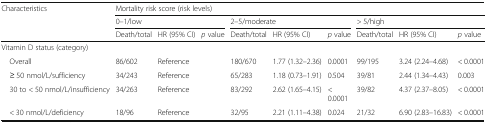
| <ROWSPAN=3> Characteristics | <COLSPAN=9> Mortality risk score (risk levels) |
 | <COLSPAN=3> 0–1/low | <COLSPAN=3> 2–5/moderate | <COLSPAN=3> > 5/high |
 | Death/total | HR (95% CI) | p value | Death/total | HR (95% CI) | p value | Death/total | HR (95% CI) | p value |
 | --- | --- | --- | --- | --- | --- | --- | --- | --- | --- |
 | <COLSPAN=10> Vitamin D status (category) |
 | Overall | 86/602 | Reference |  | 180/670 | 1.77 (1.32–2.36) | 0.0001 | 99/195 | 3.24 (2.24–4.68) | < 0.0001 |
 | ≥ 50 nmol/L/sufficiency | 34/243 | Reference |  | 65/283 | 1.18 (0.73–1.91) | 0.504 | 39/81 | 2.44 (1.34–4.43) | 0.003 |
 | 30 to < 50 nmol/L/insufficiency | 34/263 | Reference |  | 83/292 | 2.62 (1.65–4.15) | < 0.0001 | 39/82 | 4.37 (2.37–8.05) | < 0.0001 |
 | < 30 nmol/L/deficiency | 18/96 | Reference |  | 32/95 | 2.21 (1.11–4.38) | 0.024 | 21/32 | 6.90 (2.83–16.83) | < 0.0001 |